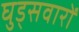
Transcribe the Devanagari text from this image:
घुड्सवारों